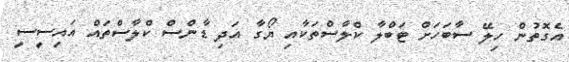
އެގޮތުން ހިލޭ ސާބަހަށް ޓަބްލާ ކްލާސްތަކާއި ޔޯގާ އަދި ޑާންސް ކްލާސްތައް އައިސީސީ